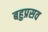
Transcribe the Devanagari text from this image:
बहुप्रसव